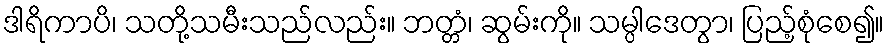
ဒါရိကာပိ၊ သတို့သမီးသည်လည်း။ ဘတ္တံ၊ ဆွမ်းကို။ သမ္ပါဒေတွာ၊ ပြည့်စုံစေ၍။